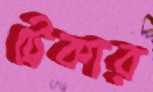
ট্রেকার